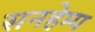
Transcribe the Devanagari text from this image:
सनहेम्प